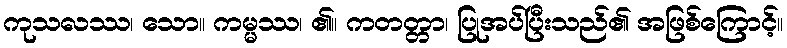
ကုသလဿ၊ သော။ ကမ္မဿ၊ ၏။ ကတတ္တာ၊ ပြုအပ်ပြီးသည်၏ အဖြစ်ကြောင့်။